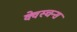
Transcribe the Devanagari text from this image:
क्वेस्चन्स